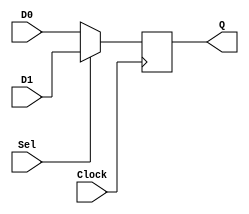
module muxdff(D0,D1,Sel,Clock,Q);
input D0,D1,Sel,Clock;
output reg Q;

wire D;

assign D = Sel ? D1 : D0;

always@(posedge Clock)
	Q = D;

endmodule